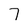
Character: 7